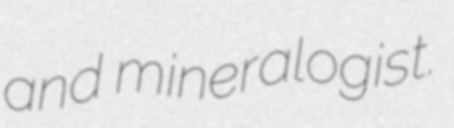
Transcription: and mineralogist.